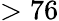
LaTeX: >76